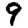
Digit: 9